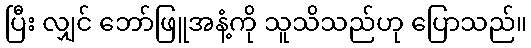
ပြီး လျှင် ဘော်ဖြူအနံ့ကို သူသိသည်ဟု ပြောသည်။